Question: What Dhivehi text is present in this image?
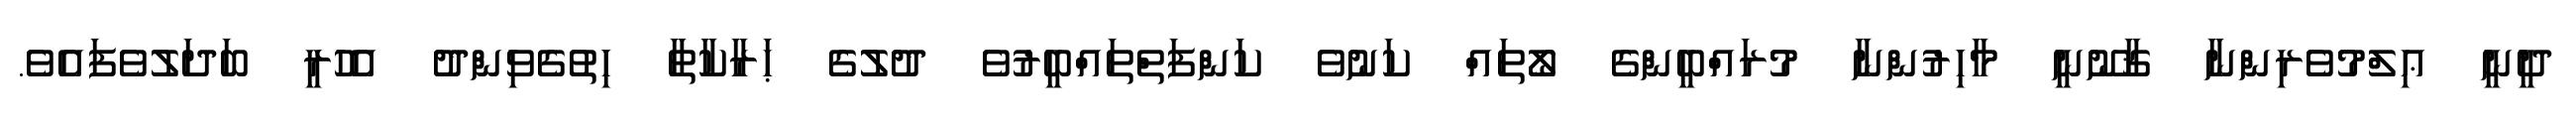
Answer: ދީނީ ޢިލްމުވެރިންނާ ޤާނޫނީ މާހިރުންނާ މުރައްބީންގެ ލޯތައް ކަނުވެ ކަންފަތްތައްބީރުވެ ދުލުގެ ޙަރާކާތާ ހިތުގެވިންދު އެހުރީ ބަދަލުވެފައެވެ.